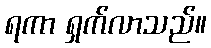
ရကာ ရှက်လာသည်။